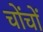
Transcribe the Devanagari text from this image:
चोंचों